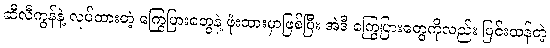
ဆီလီကွန်နဲ့ လုပ်ထားတဲ့ ကြွေပြားတွေနဲ့ ဖုံးထားမှာဖြစ်ပြီး အဲဒီ ကြွေပြားတွေကိုလည်း ပြင်းထန်တဲ့